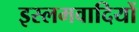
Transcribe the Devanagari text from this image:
इस्लमवादियों